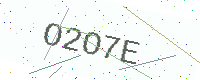
Text: O2O7E